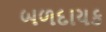
બળદાયક